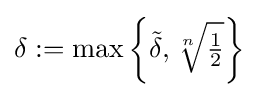
\delta :=\max \left\{{\tilde {\delta }},{\sqrt[{n}]{\tfrac {1}{2}}}\right\}